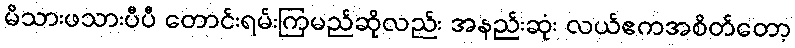
မိသားဖသားပီပီ တောင်းရမ်းကြမည်ဆိုလည်း အနည်းဆုံး လယ်ဧကအစိတ်တော့